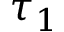
\tau _ { 1 }